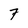
Character: 7